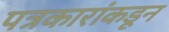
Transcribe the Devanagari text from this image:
पत्रकारांकडून